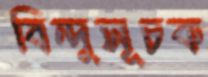
বিন্দুসূচক